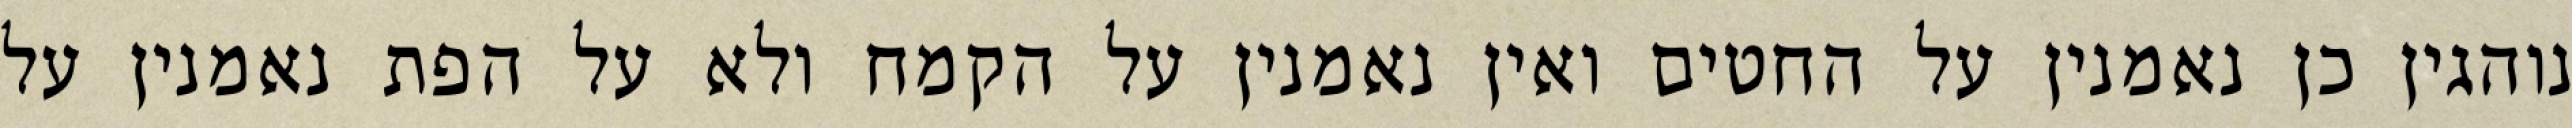
נוהגין כן נאמנין על החטים ואין נאמנין על הקמח ולא על הפת נאמנין על